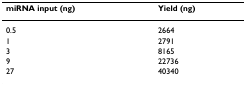
<table><thead><tr><td><b>miRNA input (ng)</b></td><td><b>Yield (ng)</b></td></tr></thead><tbody><tr><td>0.5</td><td>2664</td></tr><tr><td>1</td><td>2791</td></tr><tr><td>3</td><td>8165</td></tr><tr><td>9</td><td>22736</td></tr><tr><td>27</td><td>40340</td></tr></tbody></table>